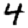
Digit: 4